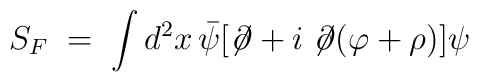
S_F \;=\; \int d^2 x \, {\bar \psi} [ \not \! \partial + i \not  \! \partial (\varphi + \rho) ] \psi